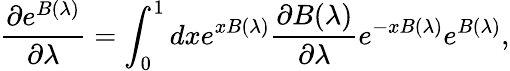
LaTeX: \frac{\partial e^{B(\lambda)}}{\partial\lambda}=\int_{0}^{1}dxe^{xB(\lambda)}\frac{\partial B(\lambda)}{\partial\lambda}e^{-xB(\lambda)}e^{B(\lambda)},